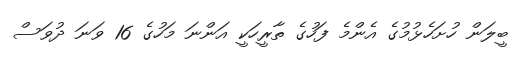
ބީލަން ހުށަހެޅުމުގެ އެންމެ ފަހުގެ ތާރީހަކީ އަންނަ މަހުގެ 16 ވަނަ ދުވަސް